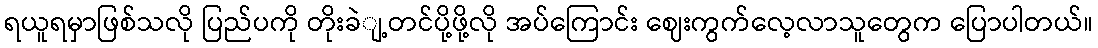
ရယူရမှာဖြစ်သလို ပြည်ပကို တိုးခဲျ့တင်ပို့ဖို့လို အပ်ကြောင်း ဈေးကွက်လေ့လာသူတွေက ပြောပါတယ်။